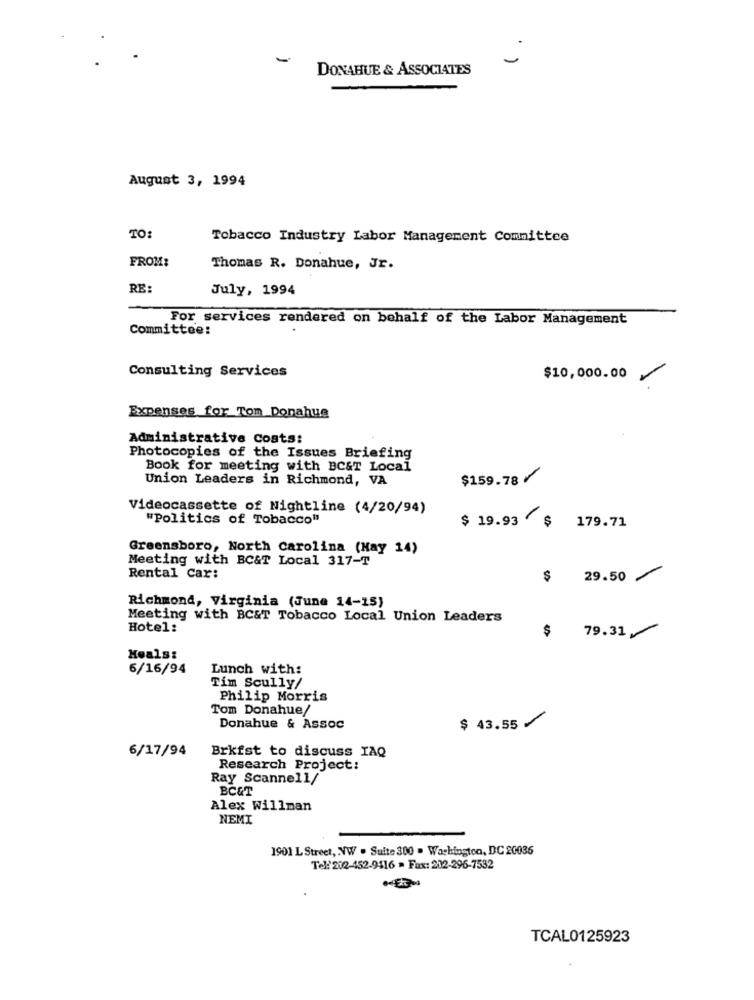
-
DONAHUE & ASSOCIATES
August 3, 1994
TO
Tobacco Industry Labor Management Committee
FROM:
Thomas R. Donahue, Jr.
RE:
July, 1994
For services rendered on behalf of the Labor Management
Committee:
Consulting Services
$10,000.00
Expenses for Tom Donahue
Administrative Costs:
Photocopies of the Issues Briefing
Book for meeting with BC&T Local
Union Leaders in Richmond, VA
$159.78/
Videocassette of Nightline (4/20/94)
"politics of Tobacco"
$ 19.93 $
179.71
Greensboro, North Carolina (Hay 14)
Meeting with BC&T Local 317-T
Rental Car:
$ 29.50
Richmond, Virginia (June 14-15)
Meeting with BC&T Tobacco Local Union Leaders
Hotel:
$
79.31
Heals:
6/16/94
Lunch with:
Tim Scully/
Philip Morris
Tom Donahue/
$ 43.55 ⑇
Donahue & Assoc
6/17/94
Brkfst to discuss IAQ
Research Project:
Ray Scanne1l/
BC&T
Alex Willman
NEMI
1901 L Street, VW . Suite 300 . Washington, DC 20036
Tel: 202-452-9416 > Fax: 212-296-7532
TCAL0125923